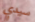
سيدي